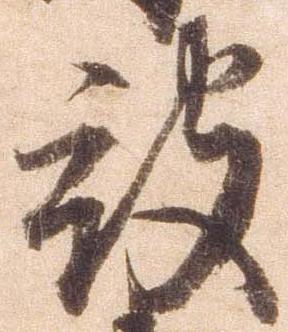
被